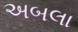
અબલા